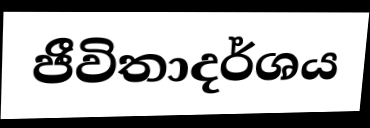
ජීවිතාදර්ශය